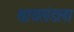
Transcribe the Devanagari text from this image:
थायलंडला